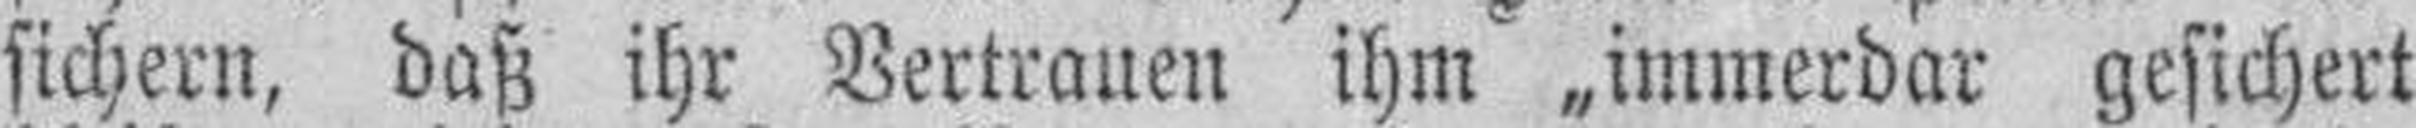
sichern, daß ihr Vertrauen ihm „immerdar gesichert